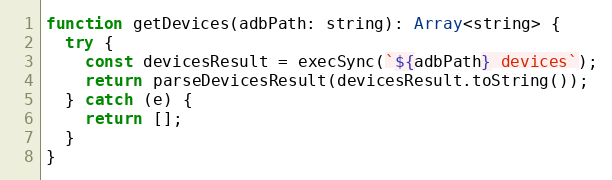
Language: JavaScript
function getDevices(adbPath: string): Array<string> {
  try {
    const devicesResult = execSync(`${adbPath} devices`);
    return parseDevicesResult(devicesResult.toString());
  } catch (e) {
    return [];
  }
}